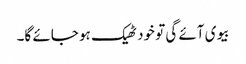
بیوی آئے گی تو خود ٹھیک ہو جائے گا۔